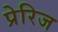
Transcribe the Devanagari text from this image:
प्रेरिज